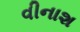
વીનાશ